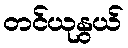
တင်ယုနွယ်